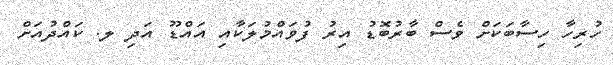
ހުރިހާ ހިސާބަކަށް ވެސް ބާރުބޮޑު އިރު ފުވައްމުލަކާއި އައްޑޫ އަދި ލ. ކައްދުއަށް